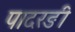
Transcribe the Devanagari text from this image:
पादरङी